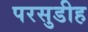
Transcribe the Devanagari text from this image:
परसुडीह